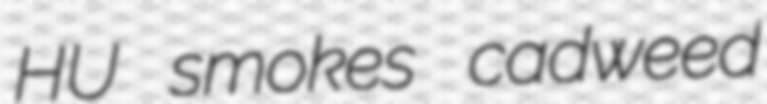
HU smokes cadweed